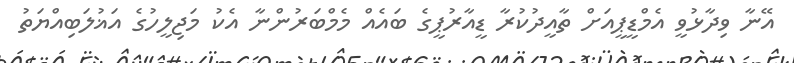
އޭނާ ވިދާޅުވީ އެމްޑީޕީއަށް ތާއީދުކުރާ ޑީއާރުޕީގެ ބައެއް މެމްބަރުންނާ އެކު މަޖިލީހުގެ އަޣުލަބިއްޔަތު